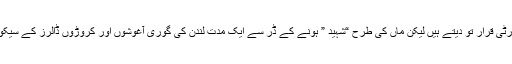
انہوں نے پیپلز پارٹی کو بہادروں اور شہیدوں کی پارٹی قرار تو دیتے ہیں لیکن ماں کی طرح “شہید ” ہونے کے ڈر سے ایک مدت لندن کی گوری آغوشوں اور کروڑوں ڈالرز کے سیکورٹی پیکج کے خول میں رہنے کی وجہ نہیں بتاتے۔